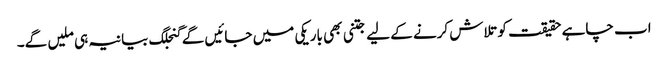
اب چاہے حقیقت کو تلاش کرنے کے لیے جتنی بھی باریکی میں جائیں گے گنجلگ بیانیہ ہی ملیں گے۔